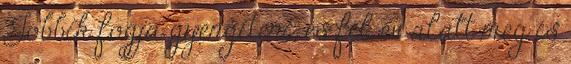
Jobbik fogja gyengíteni, és fél év alatt meg is